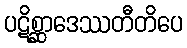
ပဋိစ္ဆာဒေဿတီတိပေ